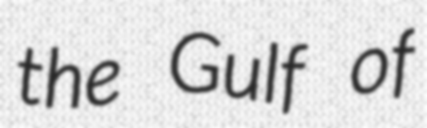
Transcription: the Gulf of